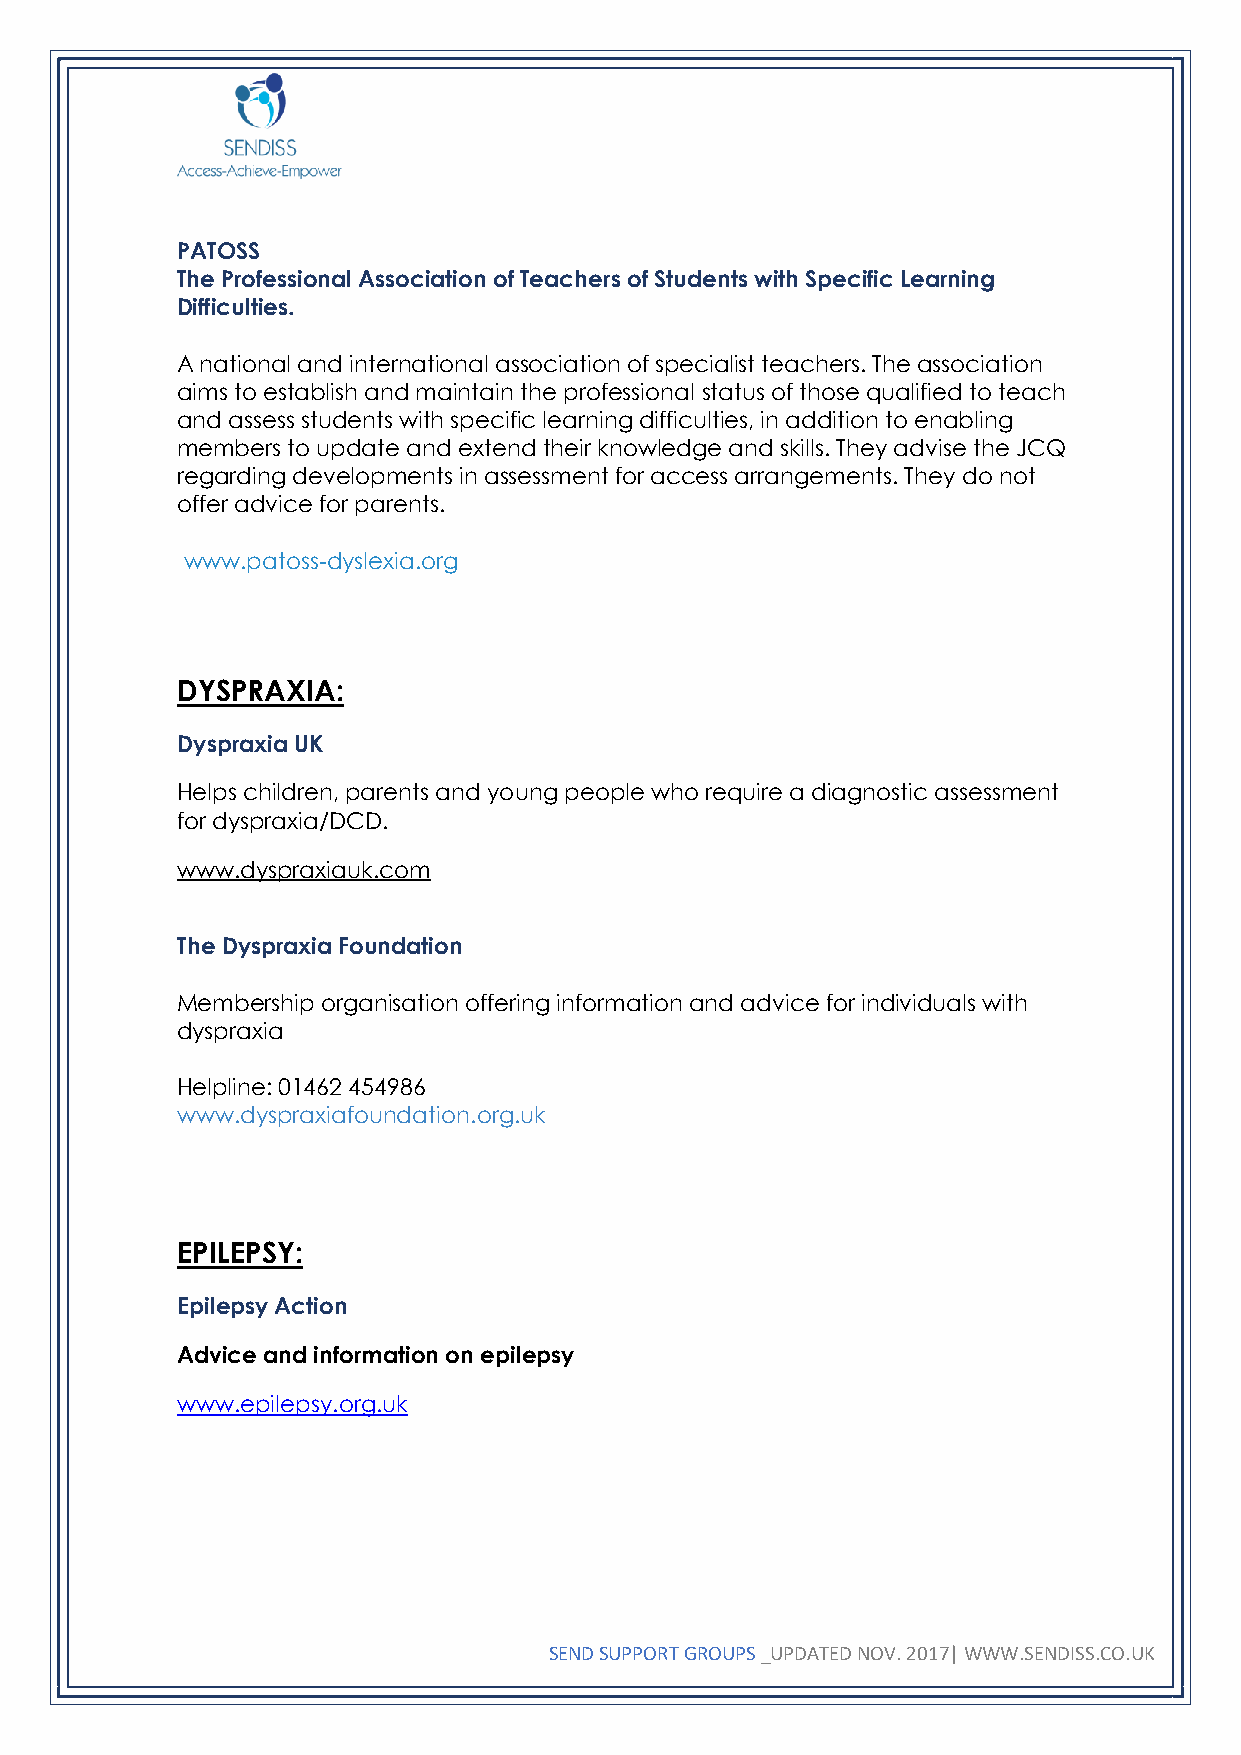
PATOSS
 The Professional Association of Teachers of Students with Specific Learning
 Difficulties.
 A national and international association of specialist teachers. The association
 aims to establish and maintain the professional status of those qualified to teach
 and assess students with specific learning difficulties, in addition to enabling
 members to update and extend their knowledge and skills. They advise the JCQ
 regarding developments in assessment for access arrangements. They do not
 offer advice for parents.
 www.patoss-dyslexia.org
 DYSPRAXIA:
 Dyspraxia UK
 Helps children, parents and young people who require a diagnostic assessment
 for dyspraxia/DCD.
 www.dyspraxiauk.com
 The Dyspraxia Foundation
 Membership organisation offering information and advice for individuals with
 dyspraxia
 Helpline: 01462 454986
 www.dyspraxiafoundation.org.uk
 EPILEPSY:
 Epilepsy Action
 Advice and information on epilepsy
 www.epilepsy.org.uk
 SEND SUPPORT GROUPS _UPDATED NOV. 2017| WWW.SENDISS.CO.UK